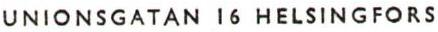
UNIONSGATAN 16 HELSINGFORS